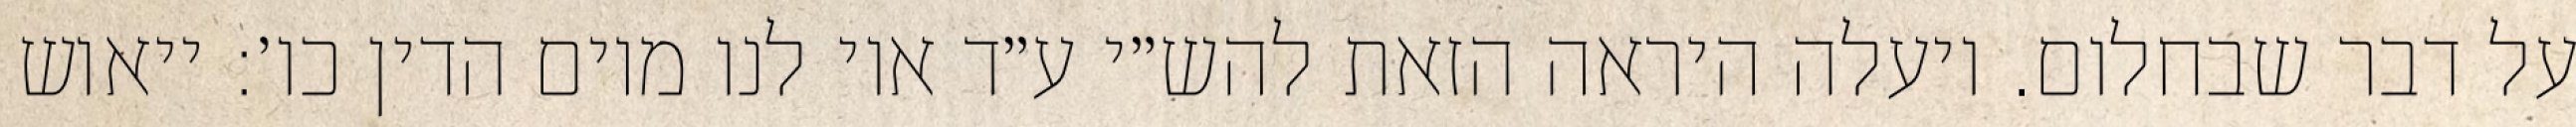
על דבר שבחלום. ויעלה היראה הזאת להש״י ע״ד אוי לנו מיום הדין כו׳: ייאוש